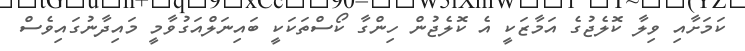
ކަމަށާއި ވިލާ ކޮލެޖުގެ އަމާޒަކީ އެ ކޮލެޖުން ހިންގާ ކޯސްތަކަކީ ބައިނަލްއަގުވާމީ މައިދާނުގައިވެސް